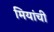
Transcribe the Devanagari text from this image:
मियांची